Vaccination Hyderabad 1872-1889 - 1872-1889
Year: 1872
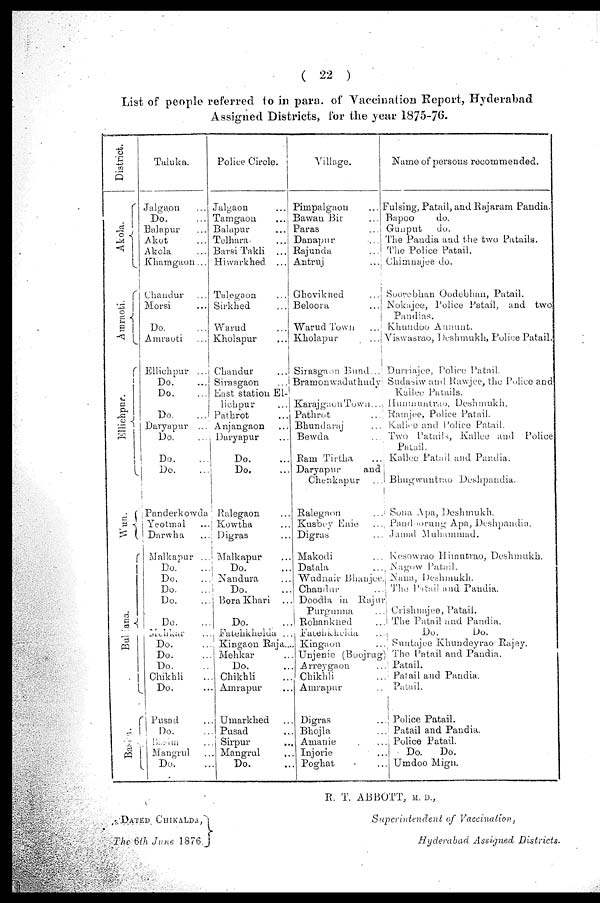
( 22 )
List of people referred to in para. of Vaccination Report, Hyderabad
Assigned Districts, for the year 1875-76.
District.
A kola.
Amraoti.
Ellichpur.
Wun.
Buldana.
Basim.
Taluka.
Jalgaon ...
Do. ...
Balnpur ...
Akot ...
Akola ...
Khamgaon...
Chandur ...
Morsi ...
Do.
Amraoti ...
Ellichpur ...
Do.
Do.
Do.
Daryapur ...
Do. ...
Do. ...
Do. ...
Panderkowda
Yeotmal ...
Darwha ...
Malkapur ...
Do. ...
Do. ...
Do. ...
Do. ...
Do. ...
Mehkar ...
Do. ...
Do. ...
Do. ...
Chikhli ...
Do. ...
Pusad ...
Do. ...
Basim ...
Mangrul ...
Do. ...
Police Circle.
Jalgaon ...
Tamgaon ...
Balapur ...
Telhara. ...
Barsi Takli ...
Hiwarkhed ...
Talegaon ...
Sirkhed ...
Warud ...
Kholapur
...
Chandur ...
Sirasgaon
East station El-
lichpur ...
Pathrot ...
Anjangaon ...
Daryapur ...
Do. ...
Do. ...
Ralegaon ...
Kowtha ...
Digras ...
Malkapur ...
Do. ...
Nandura ...
Do. ...
Bora Khari ...
Do. ...
Fatehkhelda ...
Kingaon Raja...
Mehkar ...
Do. ...
Chikhli ...
Amrapur ...
Umarkhed ...
Pusad ...
Sirpur ...
Mangrul ...
Do. ...
Village.
Pimpalgaon ...
Bawan Bir ...
Paras ...
Danapur ...
Rajunda ...
Antruj ...
Ghovikhed ...
Beloora ...
Warud Town ...
Kholapur
...
Sirasgaon Bund...
Bramon wadathudy
Karajgaon Town...
Pathrot ...
Bhundaraj ...
Bewda ...
Ram Tirtha ...
Daryapur
and
Chenkapur ...
Ralegaon ...
Kusbey Enie ...
Digras ...
Makodi ...
Datala ...
Wudnair Bhanjee.
Chandur ...
Doodla in Rajur
Purgunna ...
Rohankhed ...
Fatehkheda ...
Kingaon ...
Unjenie (Boojrug)
Arreygaon ...
Chikhli ...
Amrapur ...
Digras ...
Bhojla ...
Amanie ...
Injorie ...
Poghat ...
Name of persons recommended.
Fulsing, Patail, and Rajaram Pandia.
Bapoo
do.
Gunput
do.
The Pandia and the two Patails.
The Police Patail.
Chimnajee do.
Soorebhan Oodebhan, Patail.
Nokajee, Police Patail, and two
Pandias.
Khundoo Annunt.
Viswasrao, Deshmukh, Police Patail.
Durriajee, Police Patail.
Sudasiw and Rawjee, the Police and
Kallee Patails.
Hunmuntrao, Deshmukh.
Ramjee, Police Patail.
Kallee and Police Patail.
Two Patails, Kallee and Police
Patail.
Kallee Patail and Pandia.
Bhugwuntrao Deshpandia.
Sona Apa, Deshmukh.
Pandoorung Apa, Deshpandia.
Jamal Muhammad.
Kesowrao Himutrao, Deshmukh.
Nagow Patail.
Nana, Deshmukh.
The Patail and Pandia.
Crishnajee, Patail.
The Patail and Pandia.
Do.
Do.
Suntajee Khundeyrao Rajey.
The Patail and Pandia.
Patail.
Patail and Pandia.
Patail.
Police Patail.
Patail and Pandia.
Police Patail.
Do.
Do.
Umdoo Mign.
DATED CHIKALDA,
The 6th June 1876.
R. T. ABBOTT, M. D.,
Superintendent of Vaccination,
Hyderabad Assigned. Districts.